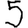
Digit: 5